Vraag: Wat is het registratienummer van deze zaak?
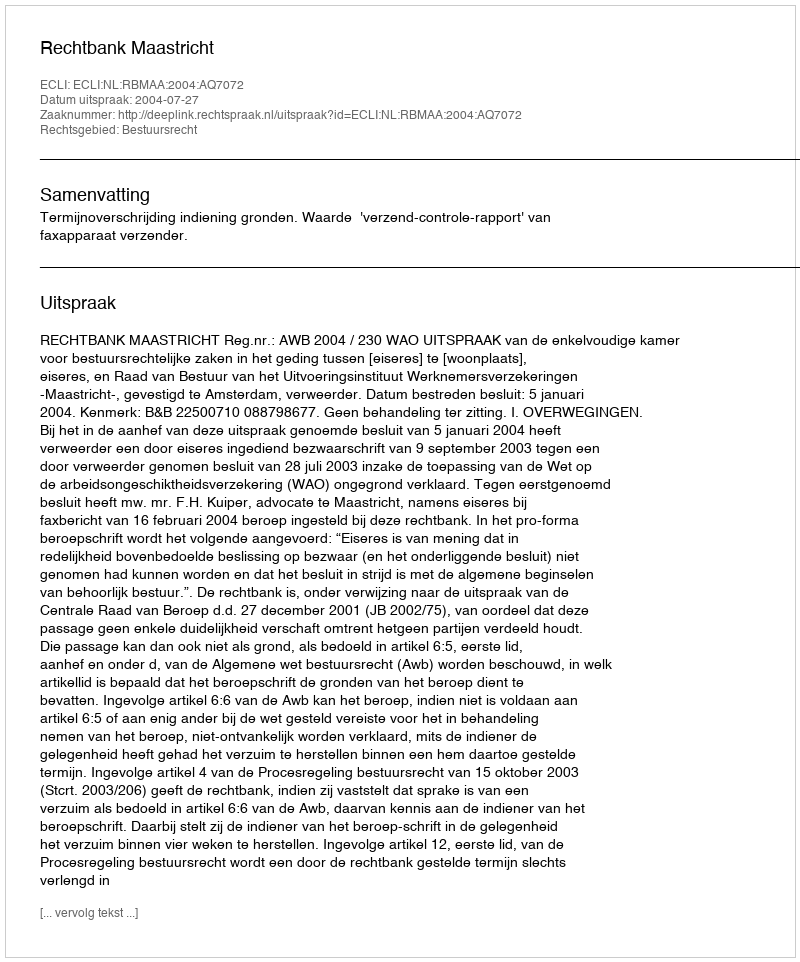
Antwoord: http://deeplink.rechtspraak.nl/uitspraak?id=ECLI:NL:RBMAA:2004:AQ7072